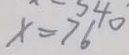
x = 7 6